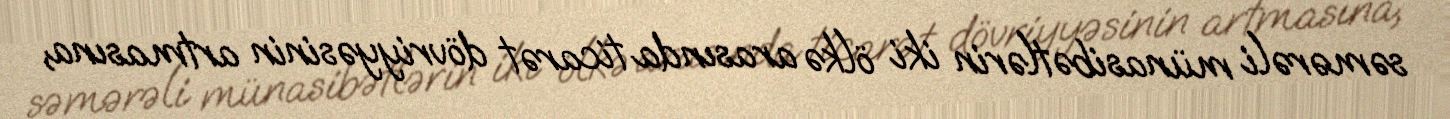
səmərəli münasibətlərin iki ölkə arasında ticarət dövriyyəsinin artmasına,